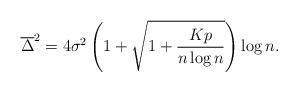
LaTeX: \begin{align*}\overline{\Delta}^{2} = 4 \sigma^{2} \left( 1 + \sqrt{1 + {K p \over n \log{n}}} \right) \log{n}.\end{align*}